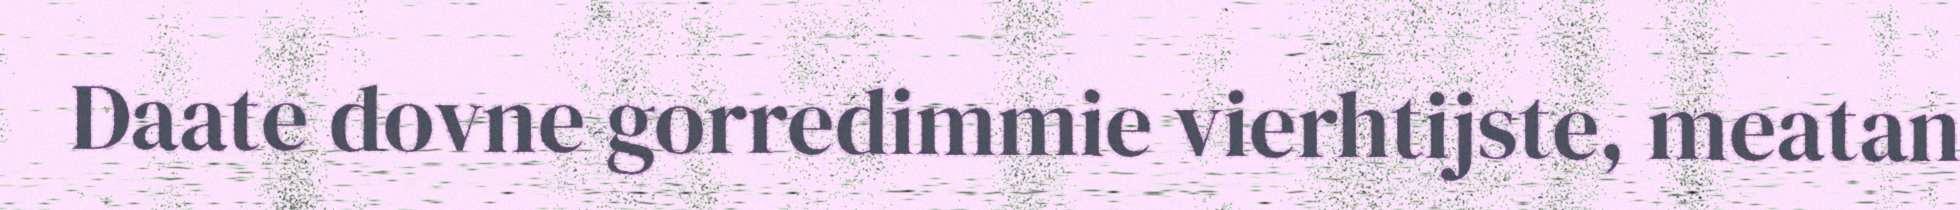
Daate dovne gorredimmie vierhtijste, meatan